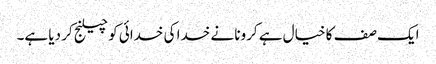
ایک صف کا خیال ہے کرونا نے خدا کی خدائی کو چیلنج کر دیا ہے۔